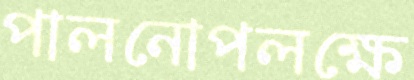
পালনোপলক্ষে